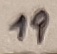
Text: 19